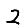
Digit: 2